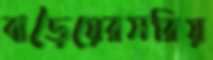
বাড়ৈয়েরসরিয়